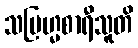
သဗြဟ္မစာရီသူတိ